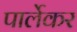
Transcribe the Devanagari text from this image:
पार्लेकर